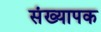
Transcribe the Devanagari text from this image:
संख्यापक